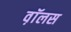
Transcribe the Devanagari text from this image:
व़ाॅलस